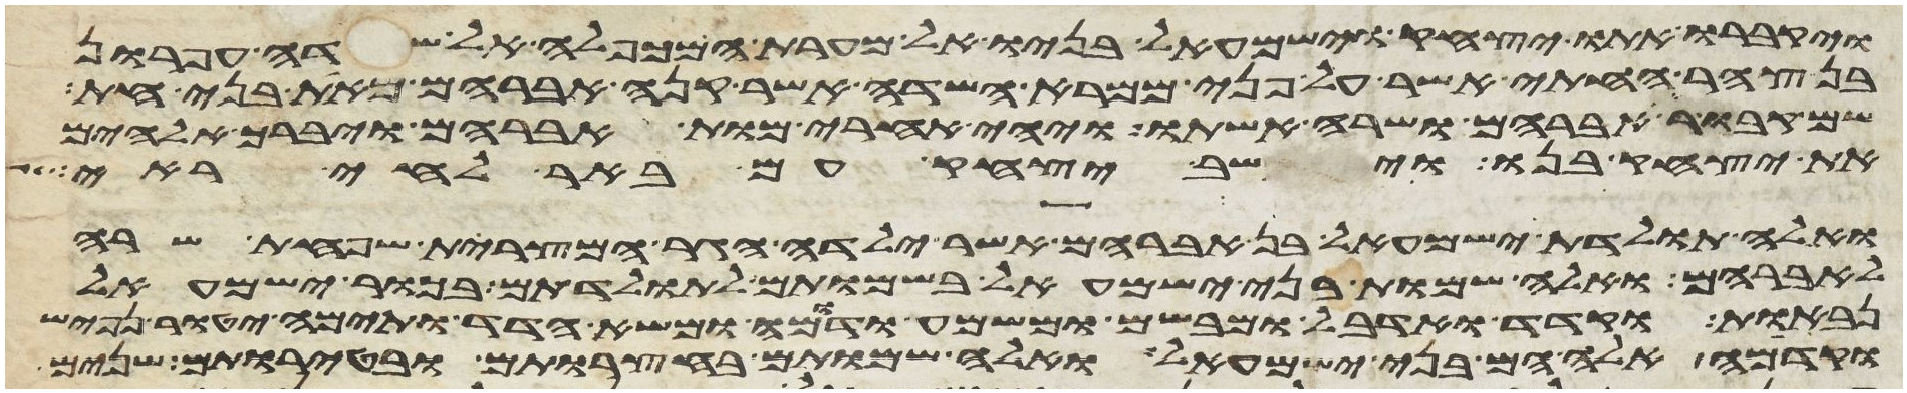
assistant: ויקברו אתו יצחק וישמעאל בניו אל מערת המכפלה אל שדה עפרון
צהר החתי אשר על פני ממרא השדה אשר קנה אברהם מאת בני חת
קבור אברהם ושרה אשתו ויהי אחרי מות אברהם ויברך אלהים
את יצחק בנו וישב יצחק עם באר לחי ראי
ואלה תולדת ישמעאל בן אברהם אשר ילדה הגר המצרית שפחת שרה
לאברהם ואלה שמות בני ישמעאל בשמותם לתולדתם בכור ישמעאל
נבאות וקדד ואדבל ומבשם ומשמע ודומה ומשא הדד ותימה יטור נפיש
וקדמה אלה הם בני ישמעאל ואלה שמותם בחצרותם ובטירתם שנים